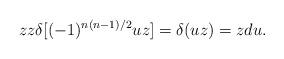
LaTeX: \begin{align*}zz\delta \lbrack (-1)^{n(n-1)/2}uz]=\delta (uz)=zdu.\end{align*}